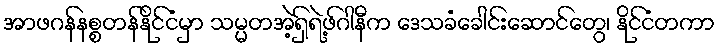
အာဖဂန်နစ္စတန်နိုင်ငံမှာ သမ္မတအဲ့ရှ်ရဲ့ဖ်ဂါနီက ဒေသခံခေါင်းဆောင်တွေ၊ နိုင်ငံတကာ